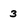
Character: 3